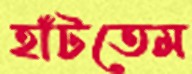
হাঁটতেম